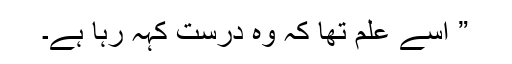
” اسے علم تھا کہ وہ درست کہہ رہا ہے۔